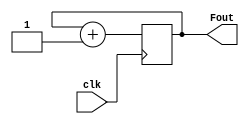
module amisha_frequency_divider(
    input clk,
    output reg [2:0] Fout
    );
	 
	 initial
	 Fout = 3'b000;
	 always @(negedge clk)
	 Fout <= Fout + 1'b1;

endmodule